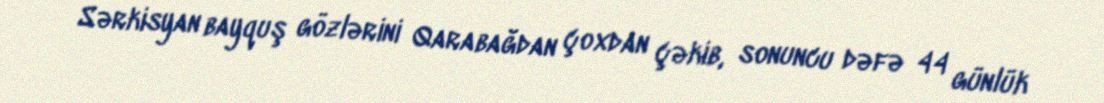
Sərkisyan bayquş gözlərini Qarabağdan çoxdan çəkib, sonuncu dəfə 44 günlük